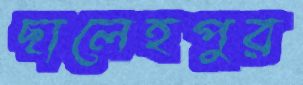
ছালেহপুর